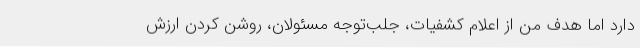
دارد اما هدف من از اعلام کشفیات، جلب‌توجه مسئولان، روشن کردن ارزش